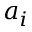
a _ { i }